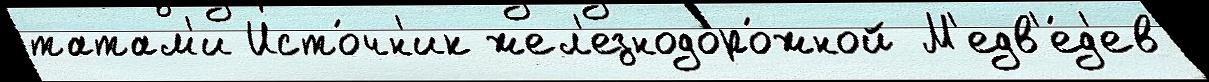
татам'и Исто́чн'ик жел'езнодоро́жной М'едв'е́д'ев